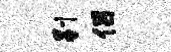
剔侣